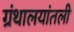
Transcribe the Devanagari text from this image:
ग्रंथालयांतली